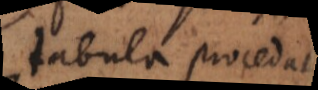
tabula procedat